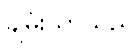
ချမ်းသာသည်